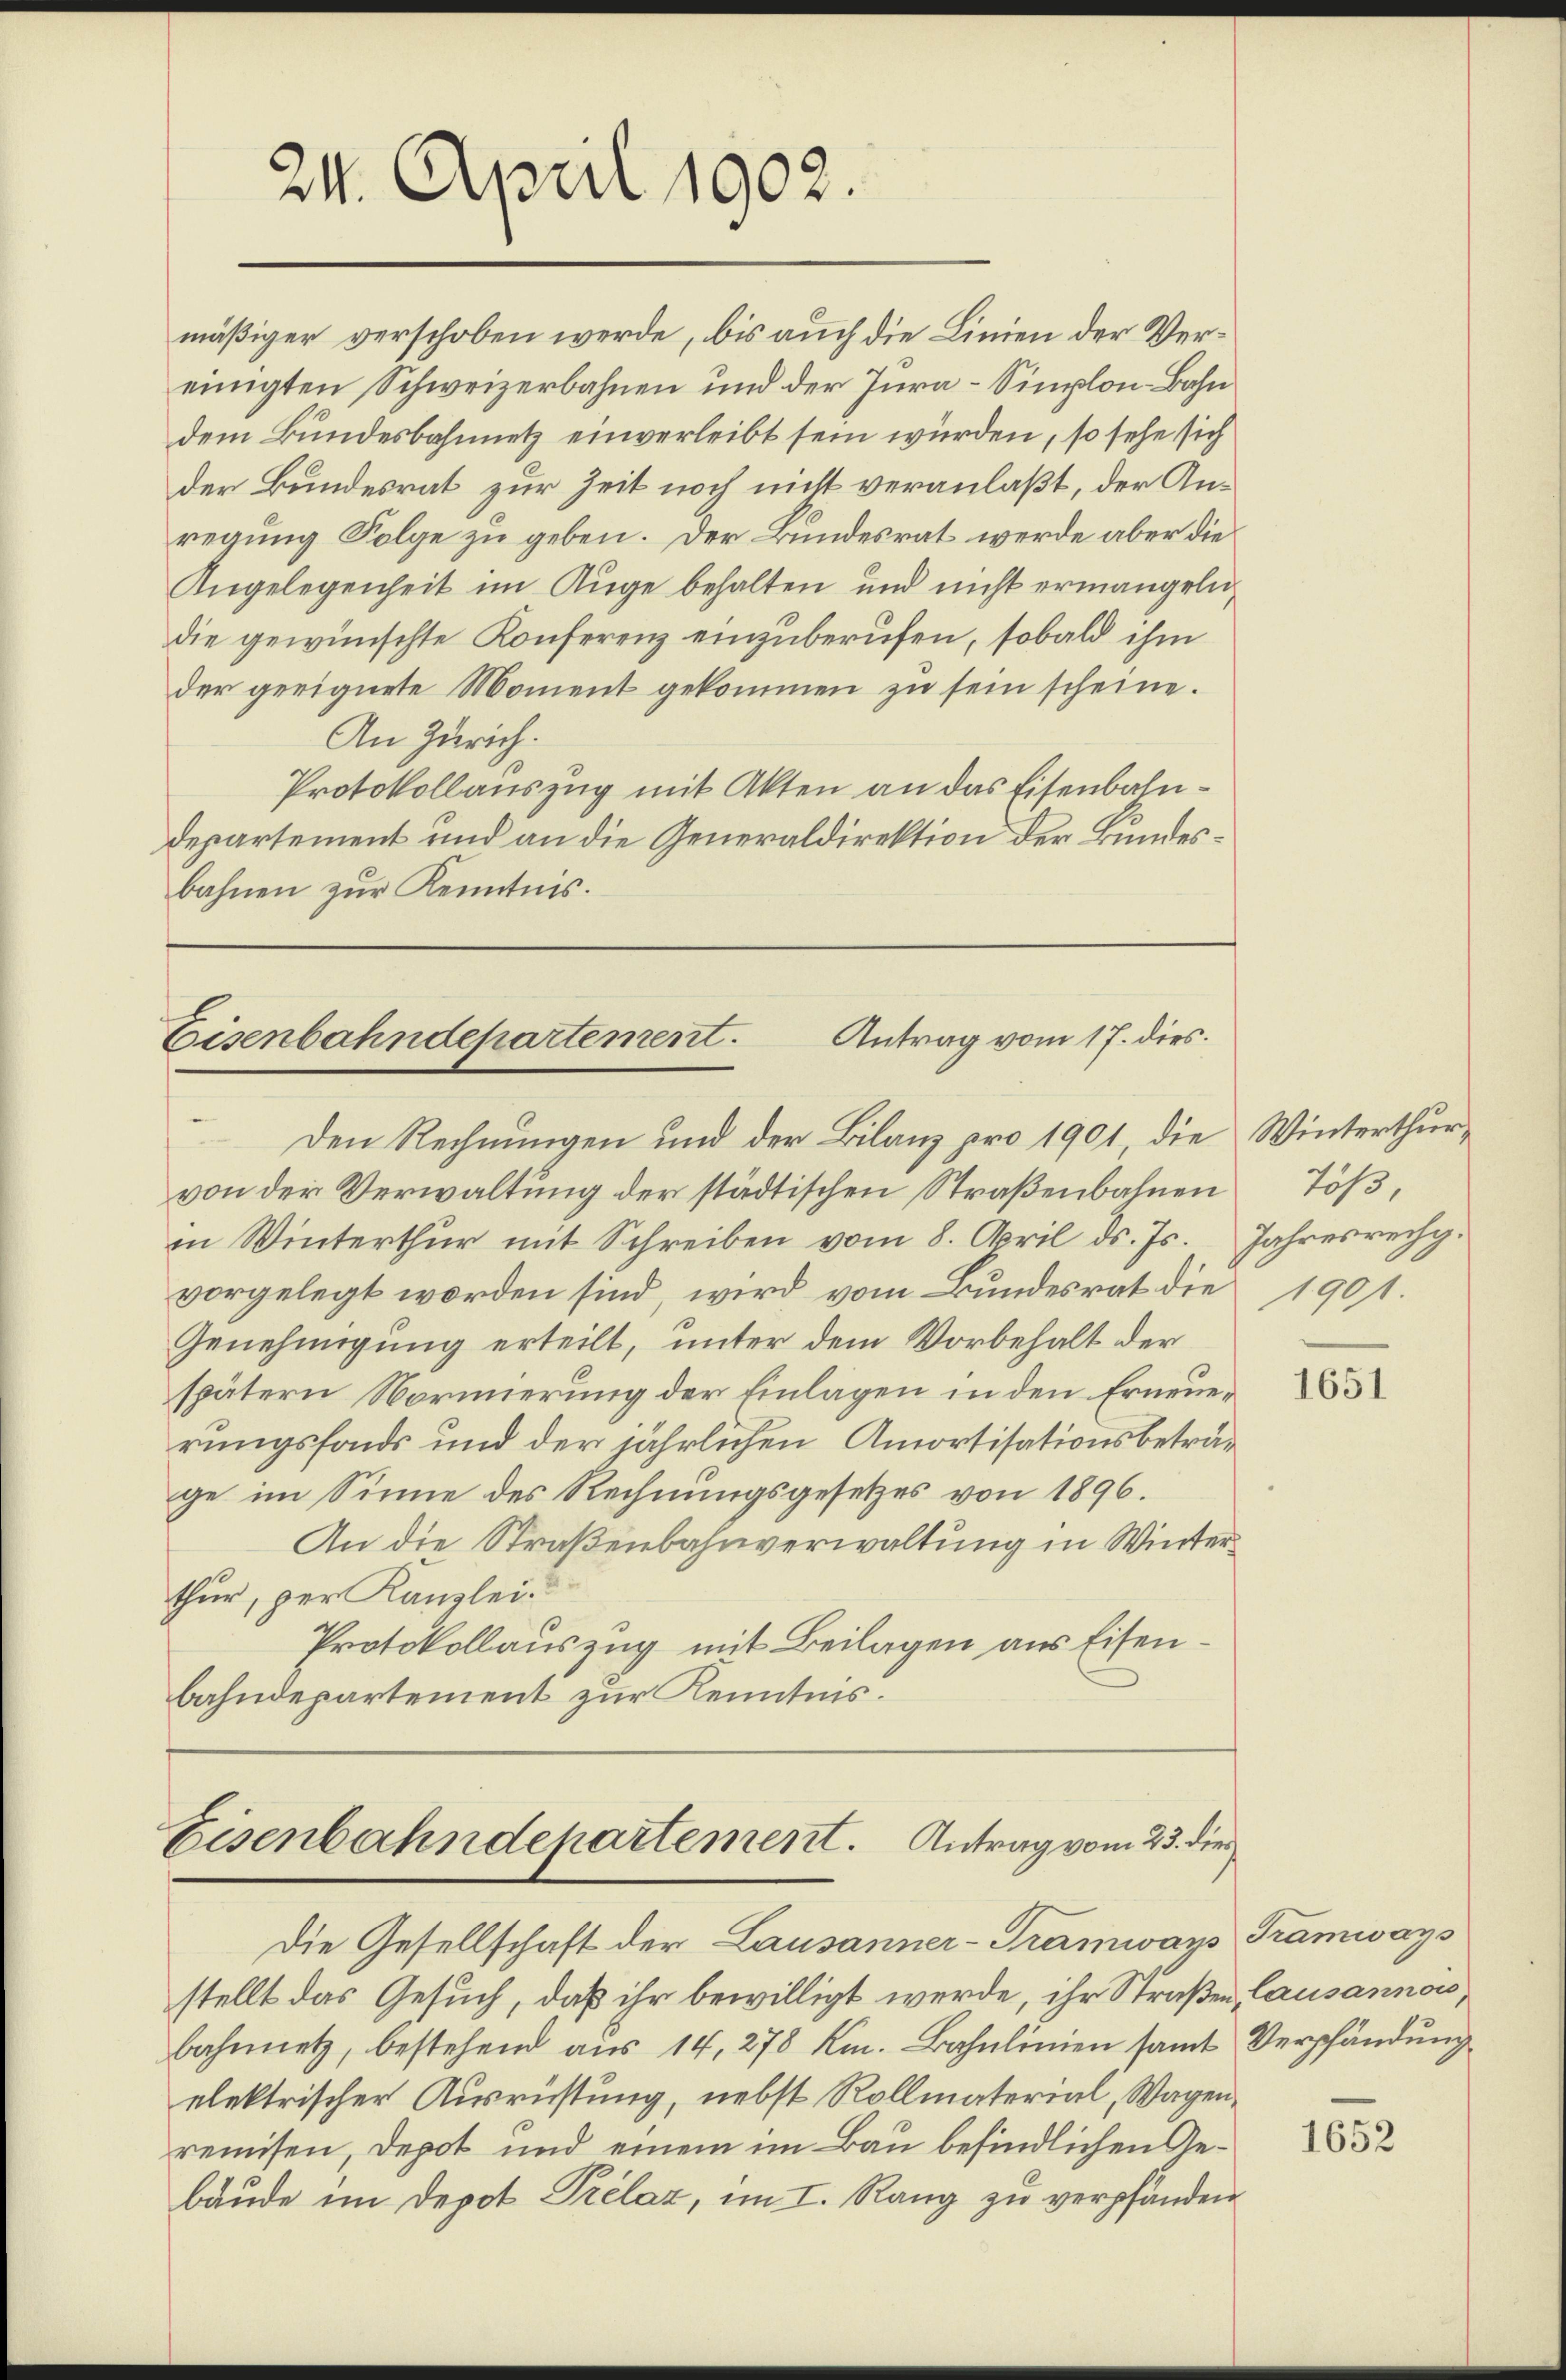
24. April 1902.

mäßiger verschoben werde, bis auch die Linien der Vereinigten Schweizerbahnen und der Jura-Simplon-Bahn
dem Bundesbahnnetz einverleibt sein würden, so sehe sich
der Bundesrat zur Zeit noch nicht veranlaßt, der Anregung Folge zu geben. Der Bundesrat werde aber die
Angelegenheit im Auge behalten und nicht ermangeln,
die gewünschte Konferenz einzuberufen, sobald ihm
der geeignete Moment gekommen zu sein scheine.
An Zürich.
Protokollauszug mit Akten an das Eisenbahndepartement und an die Generaldirektion der Bundesbahnen zur Kenntnis.

Eisenbahndepartement. Antrag vom 17. dies
Den Rechnungen und der Bilanz pro 1901, die

von der Verwaltung der städtischen Straßenbahnen
in Winterthur mit Schreiben vom 8. April d. Js. Jahresrechg.
vorgelegt worden sind, wird vom Bundesrat die 1901.
Genehmigung erteilt, unter dem Vorbehalt der
spätern Normierung der Einlagen in den Erneuerungsfonds und der jährlichen Amortisationsbeträge im Sinne des Rechnungsgesetzes von 1896.
An die Straßenbahnverwaltung in Winterthur, per Kanzlei.
Protokollauszug mit Beilagen aus Eisenbahndepartement zur Kenntnis.

Eisenbahndepartement. Antrag vom 23. die
Die Gesellschaft der Lausanner-Tramways Tramways

stellt das Gesuch, daß ihr bewilligt werde, ihr Straßen Causannow
bahnnetz, bestehend aus 14, 278 Km. Bahnlinien samt Verpfändung
elektrischer Ausrüstung, nebst Rollmaterial, Wagenremisen, depot und einem im Bau befindlichen Gebäŭde im Depot Prélaz, im I. Rang zu verpfänden

Winterthur,
Töß,

1651

1652